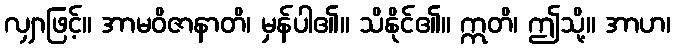
လျှာဖြင့်။ အာမဝိဇာနာတိ၊ မှန်ပါ၏။ သိနိုင်၏။ ဣတိ၊ ဤသို့။ အာဟ၊